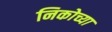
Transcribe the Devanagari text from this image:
निकोच्या